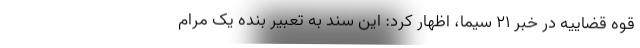
قوه قضاییه در خبر ۲۱ سیما، اظهار کرد: این سند به تعبیر بنده یک مرام